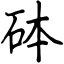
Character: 砵